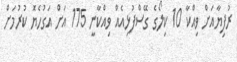
ރުފިޔާއަށް ވިއްކާ 10 ކިލޯގެ ގޭސްފުޅިއެއް ވިއްކާނީ 175 އަށް އަގުހެޔޮ ކުރުމަށް